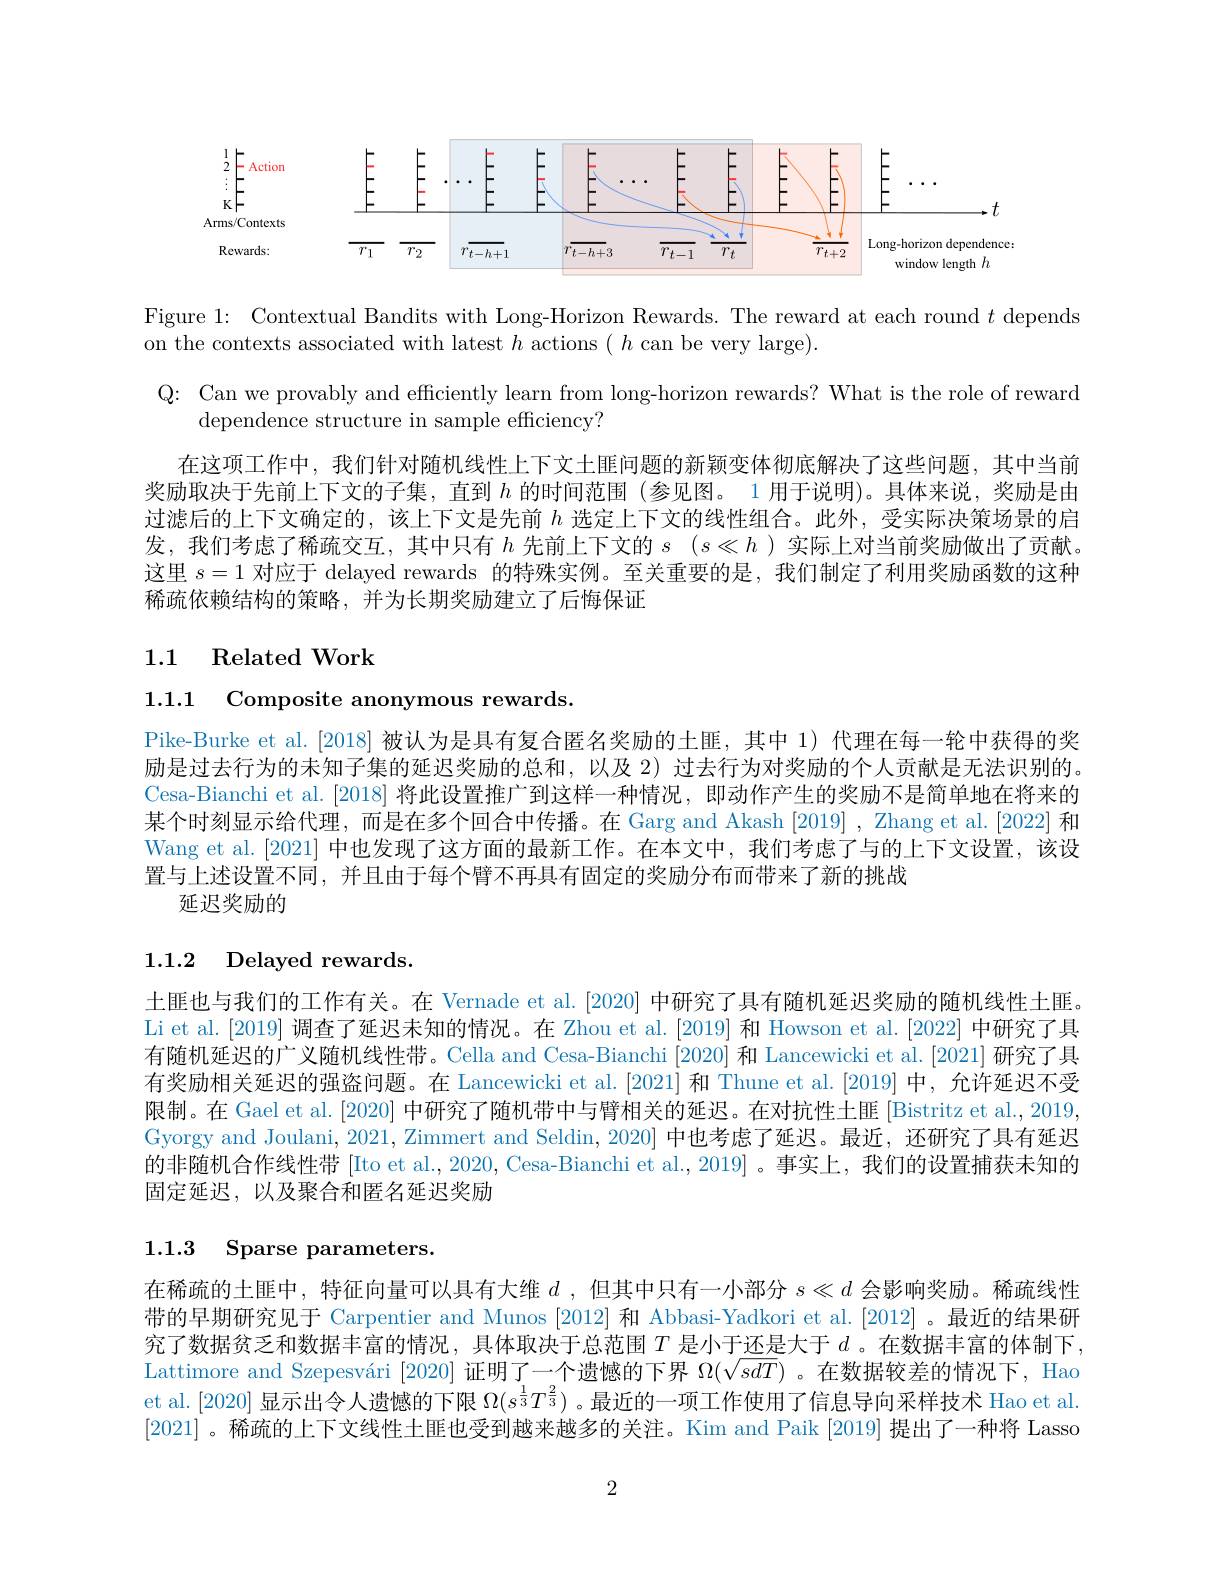
<FigureHere>

Figure 1: Contextual Bandits with Long-Horizon Rewards. The reward at each round $t$ depends
on the contexts associated with latest $h$ actions $(h$ can be very large).

Q: Can we provably and efficiently learn from long-horizon rewards? What is the role of reward
dependence structure in sample efficiency?
在这项工作中，我们针对随机线性上下文土匪问题的新颖变体彻底解决了这些问题，其中当前奖励取决于先前上下文的子集，直到$h$的时间范围 (参见图。1 用于说明)。具体来说，奖励是由过滤后的上下文确定的，该上下文是先前$h$选定上下文的线性组合。此外，受实际决策场景的启发，我们考虑了稀疏交互，其中只有$h$先前上下文的$s$ $( s\ll h)$实际上对当前奖励做出了贡献。这里$s=1$对应于 delayed rewards 的特殊实例。至关重要的是，我们制定了利用奖励函数的这种稀疏依赖结构的策略，并为长期奖励建立了后悔保证

## 1.1 Related Work

1.1.1 Composite anonymous rewards.
Pike-Burke et al.[2018]被认为是具有复合匿名奖励的土匪，其中 1)代理在每一轮中获得的奖励是过去行为的未知子集的延迟奖励的总和，以及 2) 过去行为对奖励的个人贡献是无法识别的。Cesa-Bianchi et al. [2018]将此设置推广到这样一种情况，即动作产生的奖励不是简单地在将来的某个时刻显示给代理，而是在多个回合中传播。在 Garg and Akash [2019], Zhang et al.[2022] 和Wang et al. [2021] 中也发现了这方面的最新工作。在本文中，我们考虑了与的上下文设置，该设置与上述设置不同，并且由于每个臂不再具有固定的奖励分布而带来了新的挑战
延迟奖励的

1.1.2 Delayed rewards.

土匪也与我们的工作有关。在 Vernade et al. [2020] 中研究了具有随机延迟奖励的随机线性土匪。Li et al.[2019] 调查了延迟未知的情况。在 Zhou et al.[2019] 和 Howson et al.[2022] 中研究了具有随机延迟的广义随机线性带。Cella and Cesa-Bianchi [2020]和 Lancewicki et al.[2021] 研究了具有奖励相关延迟的强盗问题。在 Lancewicki et al.[2021] 和 Thune et al.[2019] 中，允许延迟不受限制。在 Gael et al. [2020] 中研究了随机带中与臂相关的延迟。在对抗性土匪 [Bistritz et al., 2019, Gyorgy and Joulani, 2021, Zimmert and Seldin, 2020] 中也考虑了延迟。最近，还研究了具有延迟的非随机合作线性带[Ito et al., 2020, Cesa-Bianchi et al., 2019] 。事实上，我们的设置捕获未知的固定延迟，以及聚合和匿名延迟奖励
1.1.3 Sparse parameters
在稀疏的土匪中，特征向量可以具有大维$d$ ,但其中只有一小部分 $s\ll d$ 会影响奖励。稀疏线性带的早期研究见于 Carpentier and Munos [2012]和 Abbasi-Yadkori et al.[2012] 。最近的结果研究了数据贫乏和数据丰富的情况，具体取决于总范围$T$ 是小于还是大于 $d$ 。在数据丰富的体制下， Lattimore and Szepesvári [2020]证明了一个遗憾的下界$\Omega(\sqrt{sdT})$ 。在数据较差的情况下，Hao et al.[2020] 显示出令人遗憾的下限$\Omega(s^{\frac13}T^{\frac23})$ 。最近的一项工作使用了信息导向采样技术 Hao et al. [2021] 。稀疏的上下文线性土匪也受到越来越多的关注。Kim and Paik [2019] 提出了一种将 Lasso

2